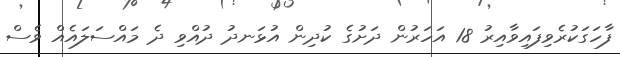
ފާހަގަކުރެވިފައިވާއިރު 18 އަހަރުން ދަށުގެ ކުދިން އުޅަނދު ދުއްވި ދެ މައްސަލައެއް ވެސް